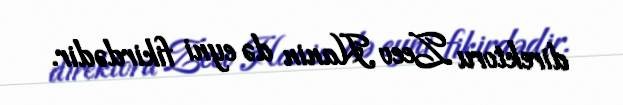
direktoru Zeev Hanin də eyni fikirdədir.